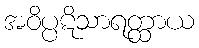
အဝိပ္ပဋိသာရတ္ထာယ